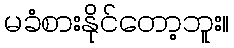
မခံစားနိုင်တော့ဘူး။